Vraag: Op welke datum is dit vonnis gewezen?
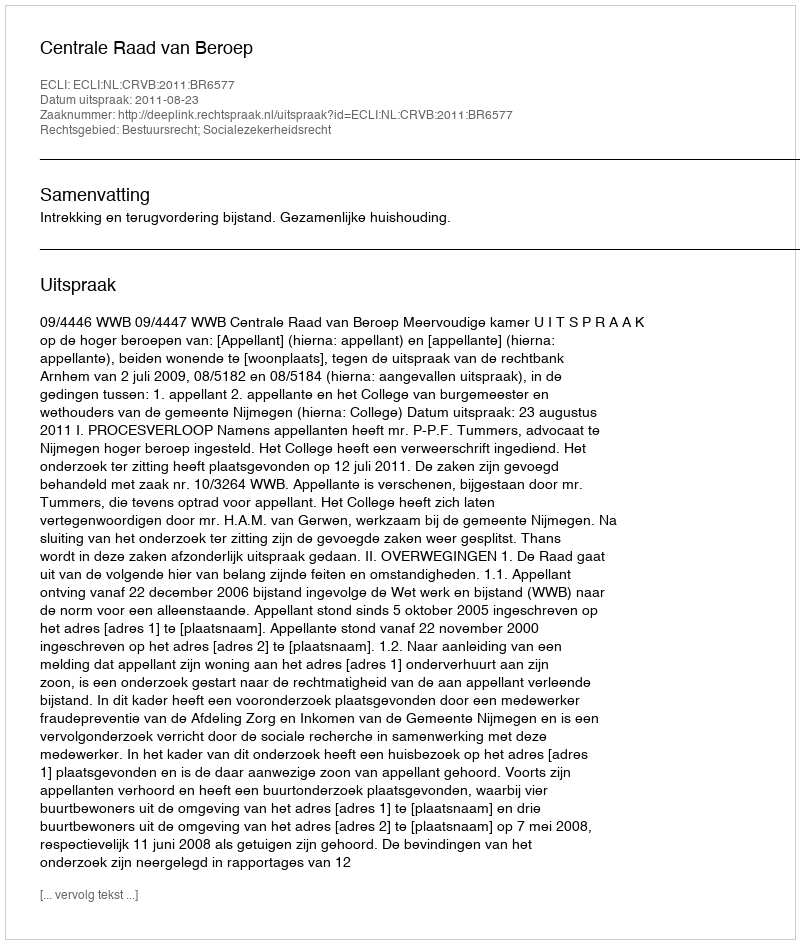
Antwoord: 2011-08-23